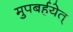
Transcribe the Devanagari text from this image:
मुपबर्हयेत्